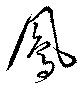
鳳